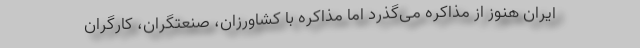
ایران هنوز از مذاکره می‌گذرد اما مذاکره با کشاورزان، صنعتگران، کارگران